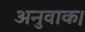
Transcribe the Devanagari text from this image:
अनुवाक।